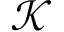
\mathcal { K }